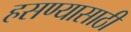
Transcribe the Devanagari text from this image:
हसण्यासाठी